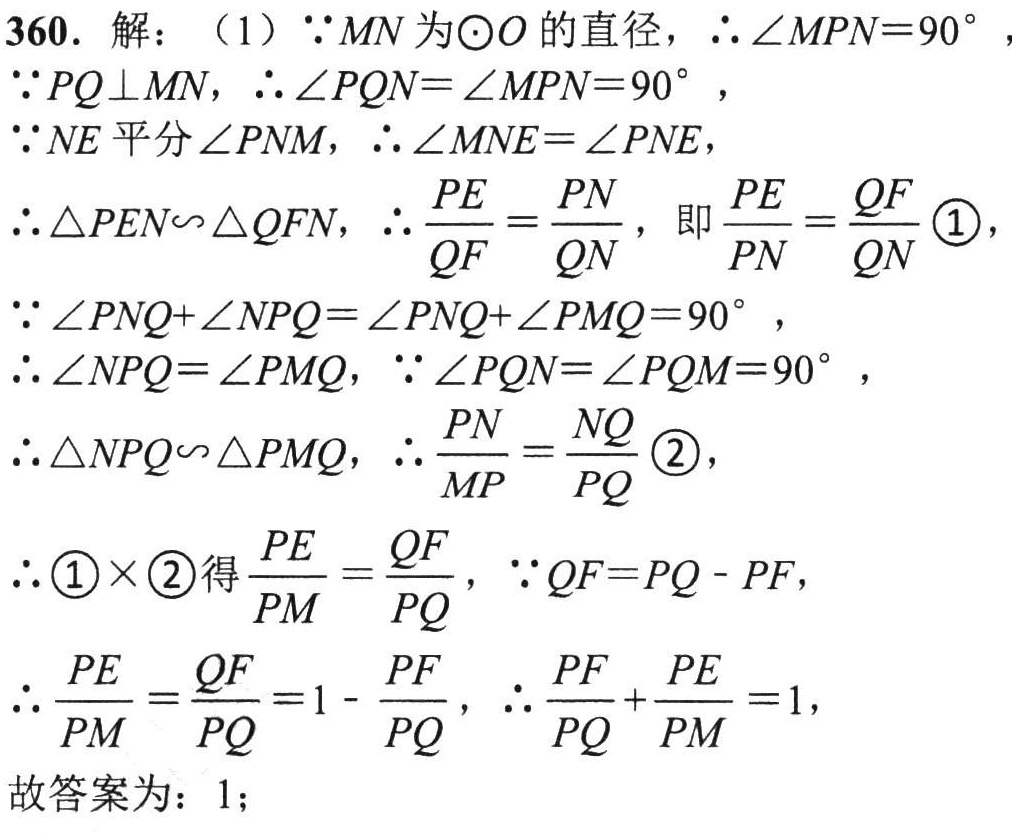
360. 解：（1）$\because MN$为$\odot O$的直径，$\therefore \angle MPN = 90^{\circ}$，
$\because PQ\perp MN$，$\therefore \angle PQN=\angle MPN = 90^{\circ}$，
$\because NE$平分$\angle PNM$，$\therefore \angle MNE=\angle PNE$，
$\therefore \triangle PEN\sim\triangle QFN$，$\therefore \frac{PE}{QF}=\frac{PN}{QN}$，即$\frac{PE}{PN}=\frac{QF}{QN}$\textcircled{1}，
$\because \angle PNQ+\angle NPQ=\angle PNQ+\angle PMQ = 90^{\circ}$，
$\therefore \angle NPQ=\angle PMQ$，$\because \angle PQN=\angle PQM = 90^{\circ}$，
$\therefore \triangle NPQ\sim\triangle PMQ$，$\therefore \frac{PN}{MP}=\frac{NQ}{PQ}$\textcircled{2}，
$\therefore$\textcircled{1}$\times$\textcircled{2}得$\frac{PE}{PM}=\frac{QF}{PQ}$，$\because QF = PQ - PF$，
$\therefore \frac{PE}{PM}=\frac{QF}{PQ}=1-\frac{PF}{PQ}$，$\therefore \frac{PF}{PQ}+\frac{PE}{PM}=1$，
故答案为：$1$；